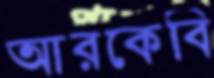
আরকেবি